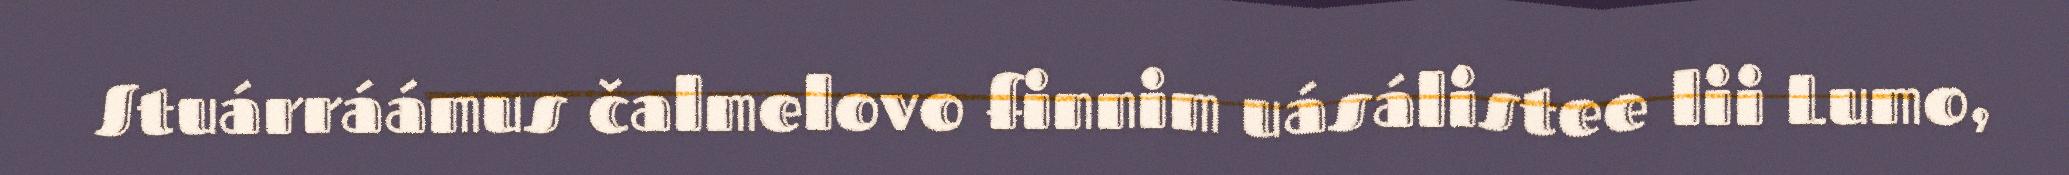
Stuárráámus čalmelovo finnim uásálistee lii Lumo,